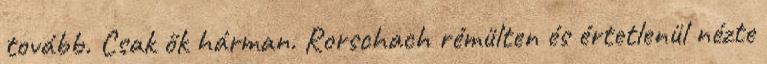
tovább. Csak ők hárman. Rorschach rémülten és értetlenül nézte